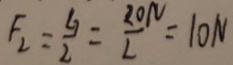
F _ { 2 } = \frac { G } { 2 } = \frac { 2 0 N } { 2 } = 1 0 N